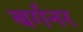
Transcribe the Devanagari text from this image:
बर्गनर